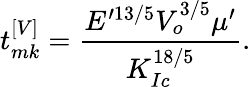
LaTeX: t_{mk}^{\left[V\right]}=\frac{E^{\prime 13/5}V_{o}^{3/5}\mu^{\prime}}{K_{Ic}^{18/5}}.